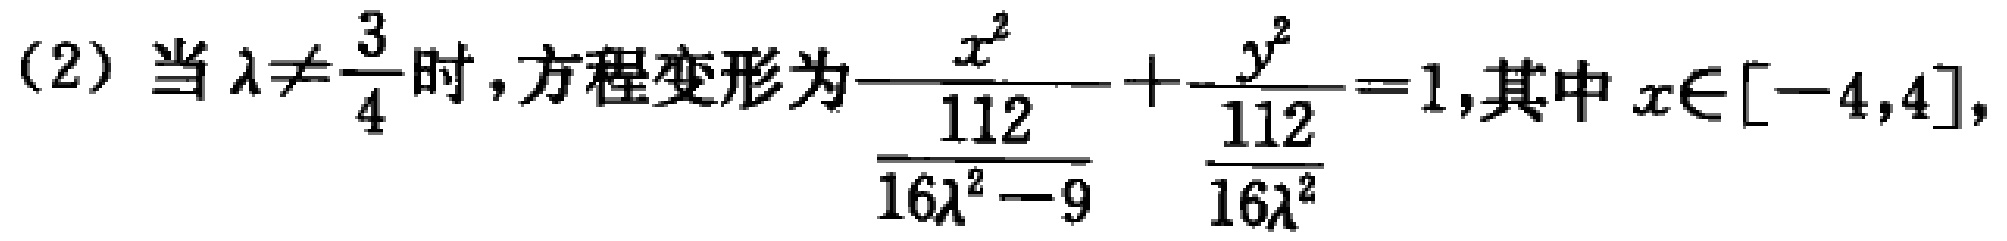
(2) 当 $\lambda\neq\frac{3}{4}$ 时,方程变形为$\frac{x^{2}}{\frac{112}{16\lambda^{2}-9}}+\frac{y^{2}}{\frac{112}{16\lambda^{2}}}=1$,其中 $x\in[-4,4]$,